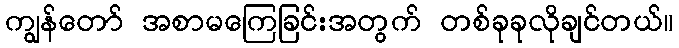
ကျွန်တော် အစာမကြေခြင်းအတွက် တစ်ခုခုလိုချင်တယ်။